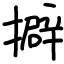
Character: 擗